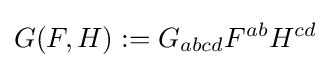
G(F,H):=G_{abcd}F^{ab}H^{cd}